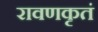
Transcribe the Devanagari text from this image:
रावणकृतं